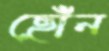
ছোঁন